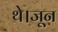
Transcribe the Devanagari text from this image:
थे।जून